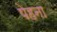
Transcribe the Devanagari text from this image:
पेहना